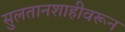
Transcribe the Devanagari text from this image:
सुलतानशाहीवरून